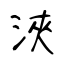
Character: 浹